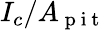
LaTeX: I_{c}/A_{\mathrm{~p~i~t~}}